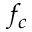
f _ { c }